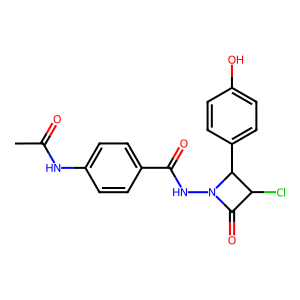
SMILES: CC(=O)Nc1ccc(C(=O)NN2C(=O)C(Cl)C2c2ccc(O)cc2)cc1
Inhibits HIV replication: No